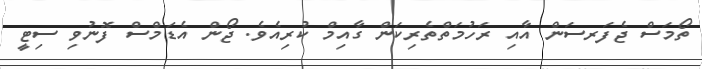
ތޯމަސް ޖެފަރސަން އާއި ރަހުމަތްތެރިކަން ގާއިމް ކުރިއެވެ. ޖޯން އެޑަމްސް ފޮނުވި ސިޓީ